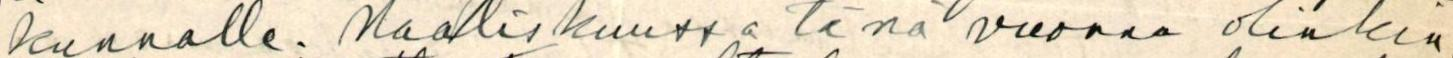
kunnalle. Maaliskuussa tänä vuonna olinkin